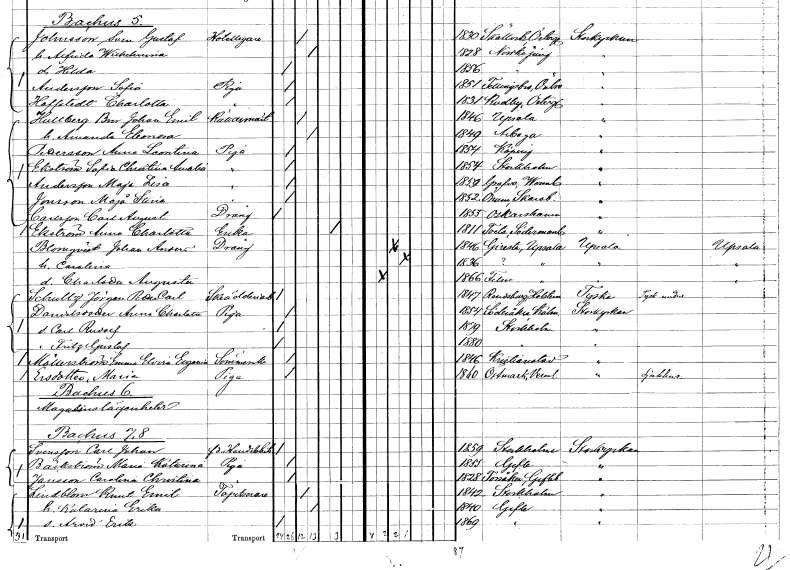
gt_parse: households: individuals: FN: Bror Johan Emil
EN: Hultberg
YRKE: Källarmästare
KON: M
CIV: G
FODAR: 1846
FODFORS: Uppsala Uppsala län
FN: Amanda Eleonora
KON: K
CIV: G
FODAR: 1849
FODFORS: Arboga Västmanlands län
FN: Anna Leontina
EN: Pettersson
YRKE: Piga
KON: K
CIV: O
FODAR: 1854
FODFORS: Köping Västmanlands län
FN: Sofia Christina Amalia
EN: Ekström
YRKE: Piga
KON: K
CIV: O
FODAR: 1854
FODFORS: Stockholm
FN: Maja Lisa
EN: Andersson
YRKE: Piga
KON: K
CIV: O
FODAR: 1859
FODFORS: Grava Värmlands län
FN: Maja Stina
EN: Jonsson
YRKE: Piga
KON: K
CIV: O
FODAR: 1852
FODFORS: Önum Skaraborgs län
FN: Carl August
EN: Carlsson
YRKE: Dräng
KON: M
CIV: O
FODAR: 1853
FODFORS: Oskarshamn Kalmar län
FN: Anna Charlotta
EN: Ekström
YRKE: Änka
KON: K
CIV: E
FODAR: 1811
FN: Johan Anders
EN: Blomqvist
YRKE: Dräng
KON: M
CIV: G
FODAR: 1846
FODFORS: Giresta Uppsala län
FN: Carolina
KON: K
CIV: G
FODAR: 1836
FODFORS: Giresta Uppsala län
FN: Charlotta Augusta
KON: K
CIV: O
FODAR: 1866
FODFORS: Film Uppsala län
FN: Jörgen Petter Carl
EN: Schultz
YRKE: Skrädderiarbetare
KON: M
CIV: O
FODAR: 1847
FN: Anna Charlotta
EN: Danielsdotter
YRKE: Piga
KON: K
CIV: O
FODAR: 1854
FODFORS: Söderåkra Kalmar län
FN: Carl Rudolf
KON: M
CIV: O
FODAR: 1879
FODFORS: Stockholm
FN: Fritz Gustaf
KON: M
CIV: O
FODAR: 1880
FODFORS: Stockholm
FN: Emma Elvira Eugenia
EN: Möllerström
YRKE: Sömmerska
KON: K
CIV: O
FODAR: 1846
FODFORS: Kristianstad Kristianstads län
FN: Maria
EN: Ersdotter
YRKE: Piga
KON: K
CIV: O
FODAR: 1860
FODFORS: Östmark Värmlands län
FN: Carl Johan
EN: Svensson
YRKE: Handelsbiträde
KON: M
CIV: O
FODAR: 1859
FODFORS: Stockholm
FN: Maria Katarina
EN: Bäckström
YRKE: Piga
KON: K
CIV: O
FODAR: 1855
FODFORS: Gävle Gävleborgs län
FN: Carolina Christina
EN: Jansson
YRKE: Piga
KON: K
CIV: O
FODAR: 1828
FODFORS: Torsåker Gävleborgs län
FN: Knut Emil
EN: Lindblom
YRKE: Tapetserare
KON: M
CIV: G
FODAR: 1842
FODFORS: Stockholm
FN: Katarina Erika
KON: K
CIV: G
FODAR: 1840
FODFORS: Gävle Gävleborgs län
FN: Arvid Erik
KON: M
CIV: O
FODAR: 1869
FODFORS: Gävle Gävleborgs län